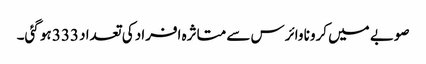
صوبے میں کرونا وائرس سے متاثرہ افراد کی تعداد 333 ہو گئی۔